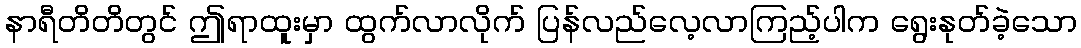
နာရီတိတိတွင် ဤရာထူးမှာ ထွက်လာလိုက် ပြန်လည်လေ့လာကြည့်ပါက ရွေးနုတ်ခဲ့သော